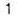
1